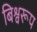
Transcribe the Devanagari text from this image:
बिश्वरूप